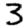
Digit: 3